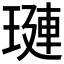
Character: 𬍻